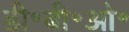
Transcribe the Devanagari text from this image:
डी॰बी॰ओ॰